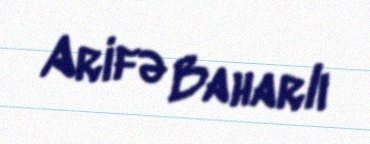
Arifə Baharlı